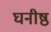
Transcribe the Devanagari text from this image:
घनीष्ठ